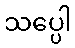
သပ္ပေါ